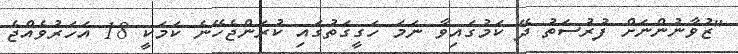
"ޒުވާނުންނަށް ފުރުސަތު ދޭ ކަމުގައިވާ ނަމަ ހަގީގަތުގައި ކުރަންޖެހޭނެ ކަމަކީ 18 އަހަރުވެއްޖެ